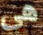
هي